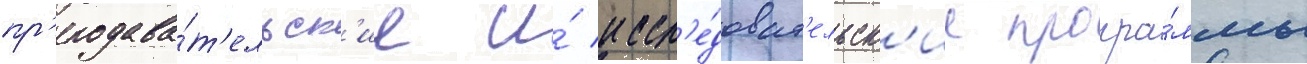
пр'еподава́т'ельск'ие и́ иссл'е́доват'ельск'ие програ́ммы